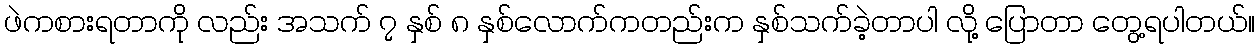
ဖဲကစားရတာကို လည်း အသက် ၇ နှစ် ၈ နှစ်လောက်ကတည်းက နှစ်သက်ခဲ့တာပါ လို့ ပြောတာ တွေ့ရပါတယ်။